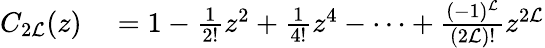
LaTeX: \begin{array}{rl}{C_{2{\cal L}}(z)}&{{}=1-\frac{1}{2!}z^{2}+\frac{1}{4!}z^{4}-\cdots+\frac{(-1)^{\cal L}}{(2{\cal L})!}z^{2{\cal L}}}\end{array}